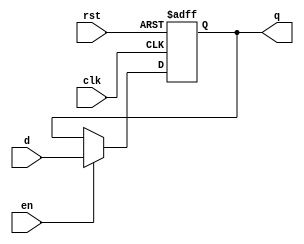
module flopr(clk, rst, en, d, q);
  parameter N = 8;
  
  // define inputs and outputs
  input clk, rst, en;
  input[N-1:0] d;
  output[N-1:0] q;
  
  // sequential output
  reg[N-1:0] q;
  
  always @(posedge clk or posedge rst) 
    begin
      if (rst == 1'b1)
        q <= 0;
      else if (en == 1'b1)
        q <= d;
    end
endmodule